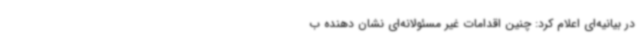
در بیانیه‌ای اعلام کرد: چنین اقدامات غیر مسئولانه‌ای نشان دهنده ب